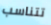
تتناسب